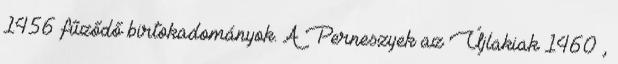
1456 fűződő birtokadományok. A Perneszyek az Újlakiak 1460 ,